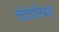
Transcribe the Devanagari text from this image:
चेचेनिया